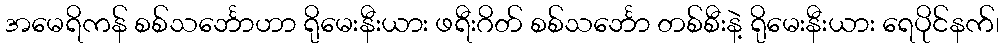
အမေရိကန် စစ်သင်္ဘောဟာ ရိုမေးနီးယား ဖရီးဂိတ် စစ်သင်္ဘော တစ်စီးနဲ့ ရိုမေးနီးယား ရေပိုင်နက်၊